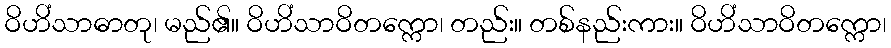
ဝိဟိံသာဓာတု၊ မည်၏။ ဝိဟိံသာဝိတက္ကော၊ တည်း။ တစ်နည်းကား။ ဝိဟိံသာဝိတက္ကော၊